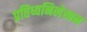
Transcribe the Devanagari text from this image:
प्रतिध्वनिलेखन